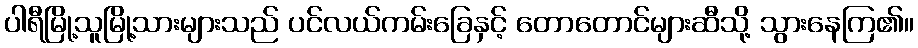
ပါရီမြို့သူမြို့သားများသည် ပင်လယ်ကမ်းခြေနှင့် တောတောင်များဆီသို့ သွားနေကြ၏။